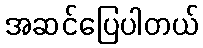
အဆင်ပြေပါတယ်